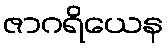
ဇာဂရိယေန